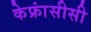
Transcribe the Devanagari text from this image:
केफ्रांसीसी